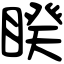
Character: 睽